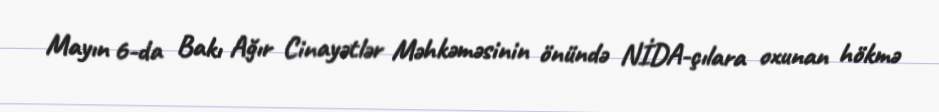
Mayın 6-da Bakı Ağır Cinayətlər Məhkəməsinin önündə NİDA-çılara oxunan hökmə